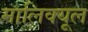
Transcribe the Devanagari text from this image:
मालिक्यूल